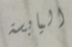
اليابسة